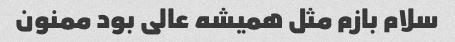
سلام بازم مثل همیشه عالی بود ممنون